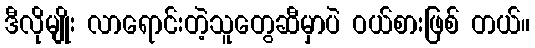
ဒီလိုမျိုး လာရောင်းတဲ့သူတွေဆီမှာပဲ ဝယ်စားဖြစ် တယ်။